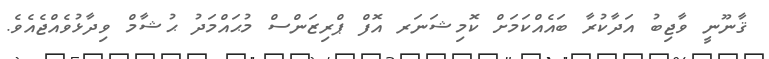
ޤާނޫނީ ވާޖިބު އަދާކުރާ ބައެއްކަމަށް ކޮމިޝަނަރ އޮފް ޕްރިޒަންސް މުޙައްމަދު ޙުޝާމް ވިދާޅުވެއްޖެއެވެ.